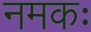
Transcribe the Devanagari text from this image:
नमकः